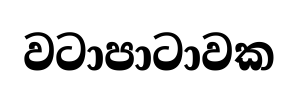
වටාපාටාවක